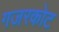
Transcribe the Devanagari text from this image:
गजरकोट